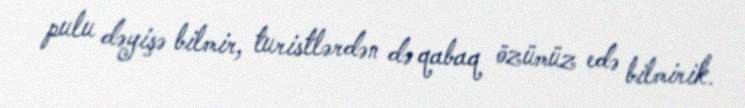
pulu dəyişə bilmir, turistlərdən də qabaq özümüz edə bilmirik.